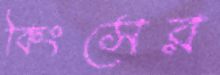
কিংসের